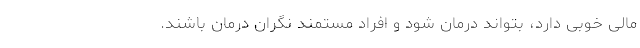
مالی خوبی دارد، بتواند درمان شود و افراد مستمند نگران درمان باشند.